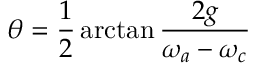
\theta = \frac { 1 } { 2 } \arctan \frac { 2 g } { \omega _ { a } - \omega _ { c } }